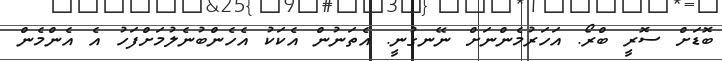
ބޮޑަށް ސޮރީ ބްރޯ. އަހަރުމެންނަށް ނޭނގުނީ. އެތަނުން އެކަކު އެހެންބުނެލުމަށްފަހު އެ އެންމެން